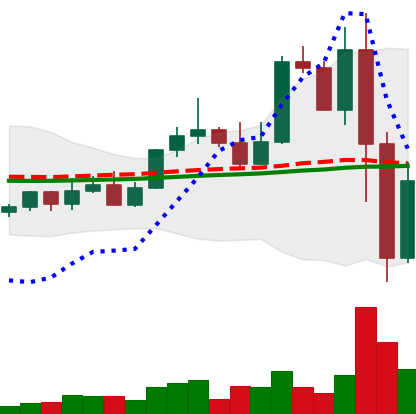
Ticker: LINK-USD
Chart end date: 2022-11-10
Forward return: -11.016%
Label: down_7plus